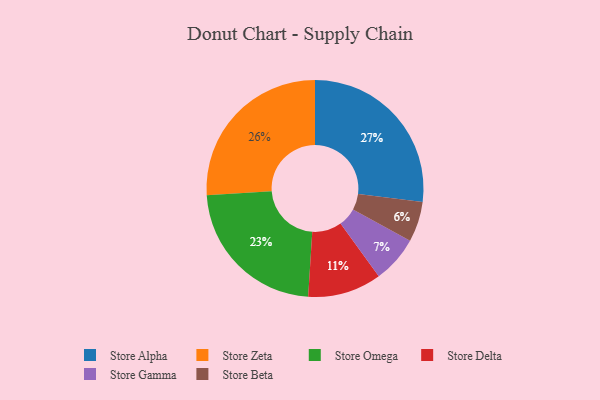
{"axis": {"x": "Category", "y": "Percentage"}, "legend": ["Store Alpha", "Store Beta", "Store Delta", "Store Gamma", "Store Omega", "Store Zeta"], "data": [{"x": "Store Delta", "y": 11, "type": "Store Delta"}, {"x": "Store Zeta", "y": 26, "type": "Store Zeta"}, {"x": "Store Beta", "y": 6, "type": "Store Beta"}, {"x": "Store Omega", "y": 23, "type": "Store Omega"}, {"x": "Store Alpha", "y": 27, "type": "Store Alpha"}, {"x": "Store Gamma", "y": 7, "type": "Store Gamma"}]}